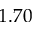
1 . 7 0